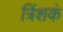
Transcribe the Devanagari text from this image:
त्रिंशकं